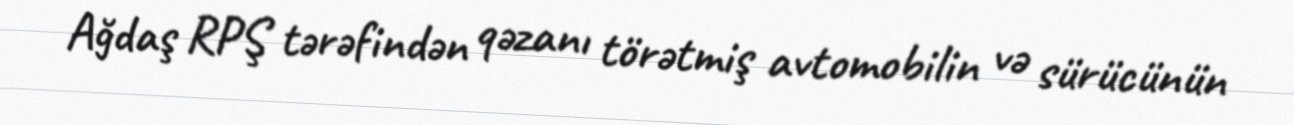
Ağdaş RPŞ tərəfindən qəzanı törətmiş avtomobilin və sürücünün